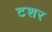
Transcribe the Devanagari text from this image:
टशर